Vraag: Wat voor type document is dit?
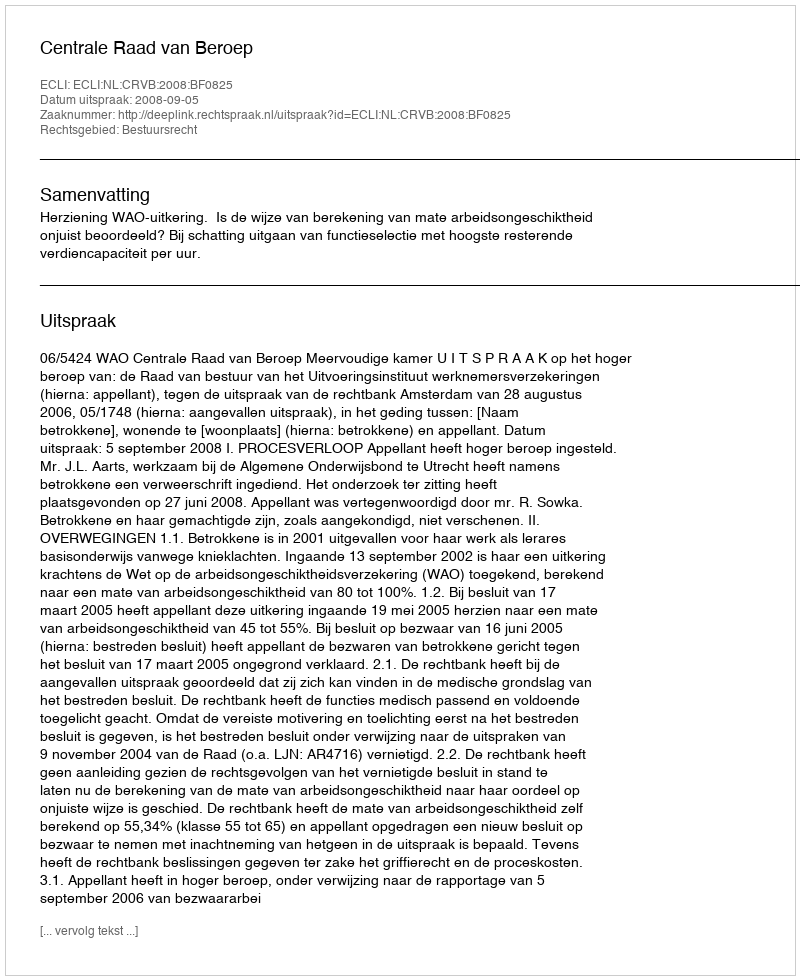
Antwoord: Uitspraak